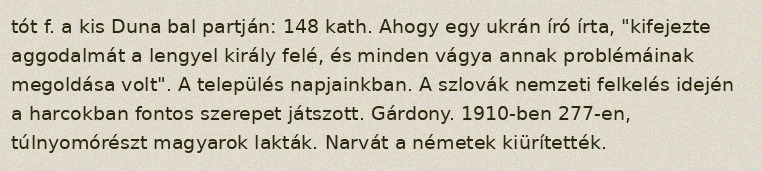
tót f. a kis Duna bal partján: 148 kath. Ahogy egy ukrán író írta, "kifejezte aggodalmát a lengyel király felé, és minden vágya annak problémáinak megoldása volt". A település napjainkban. A szlovák nemzeti felkelés idején a harcokban fontos szerepet játszott. Gárdony. 1910-ben 277-en, túlnyomórészt magyarok lakták. Narvát a németek kiürítették.